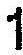
1